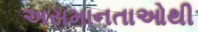
અસમાનતાઓથી